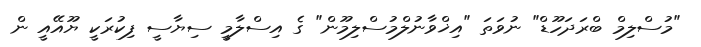
"މުސްލިމް ބްރަދަހޫޑް" ނުވަތަ "އިޚްވާނުލްމުސްލިމޫން" ގެ އިސްލާމީ ސިޔާސީ ފިކުރަކީ ޔޫއޭއީ ން